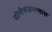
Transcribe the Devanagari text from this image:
योनीसंक्रमणास